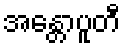
အန္တောပူတီ